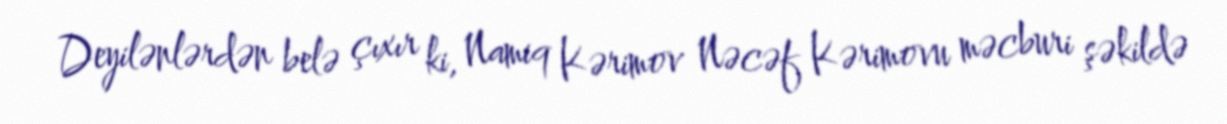
Deyilənlərdən belə çıxır ki, Namiq Kərimov Nəcəf Kərimovu məcburi şəkildə